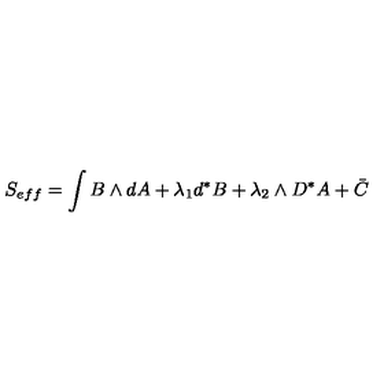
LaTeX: S _ { e f f } = \int { } B \wedge { } d A + \lambda _ { 1 } d ^ { * } B + \lambda _ { 2 } \wedge { } D ^ { * } A + \bar { C }